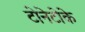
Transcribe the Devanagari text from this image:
टोनेटोके